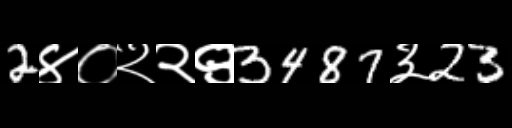
Text: 2४०२२९3487३23